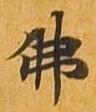
仏